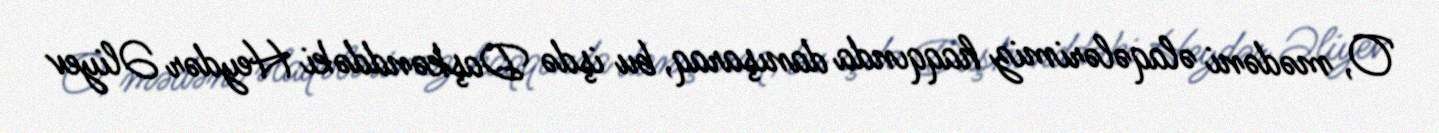
O, mədəni əlaqələrimiz haqqında danışaraq, bu işdə Daşkənddəki Heydər Əliyev